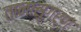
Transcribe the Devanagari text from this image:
तानासुगर्ण